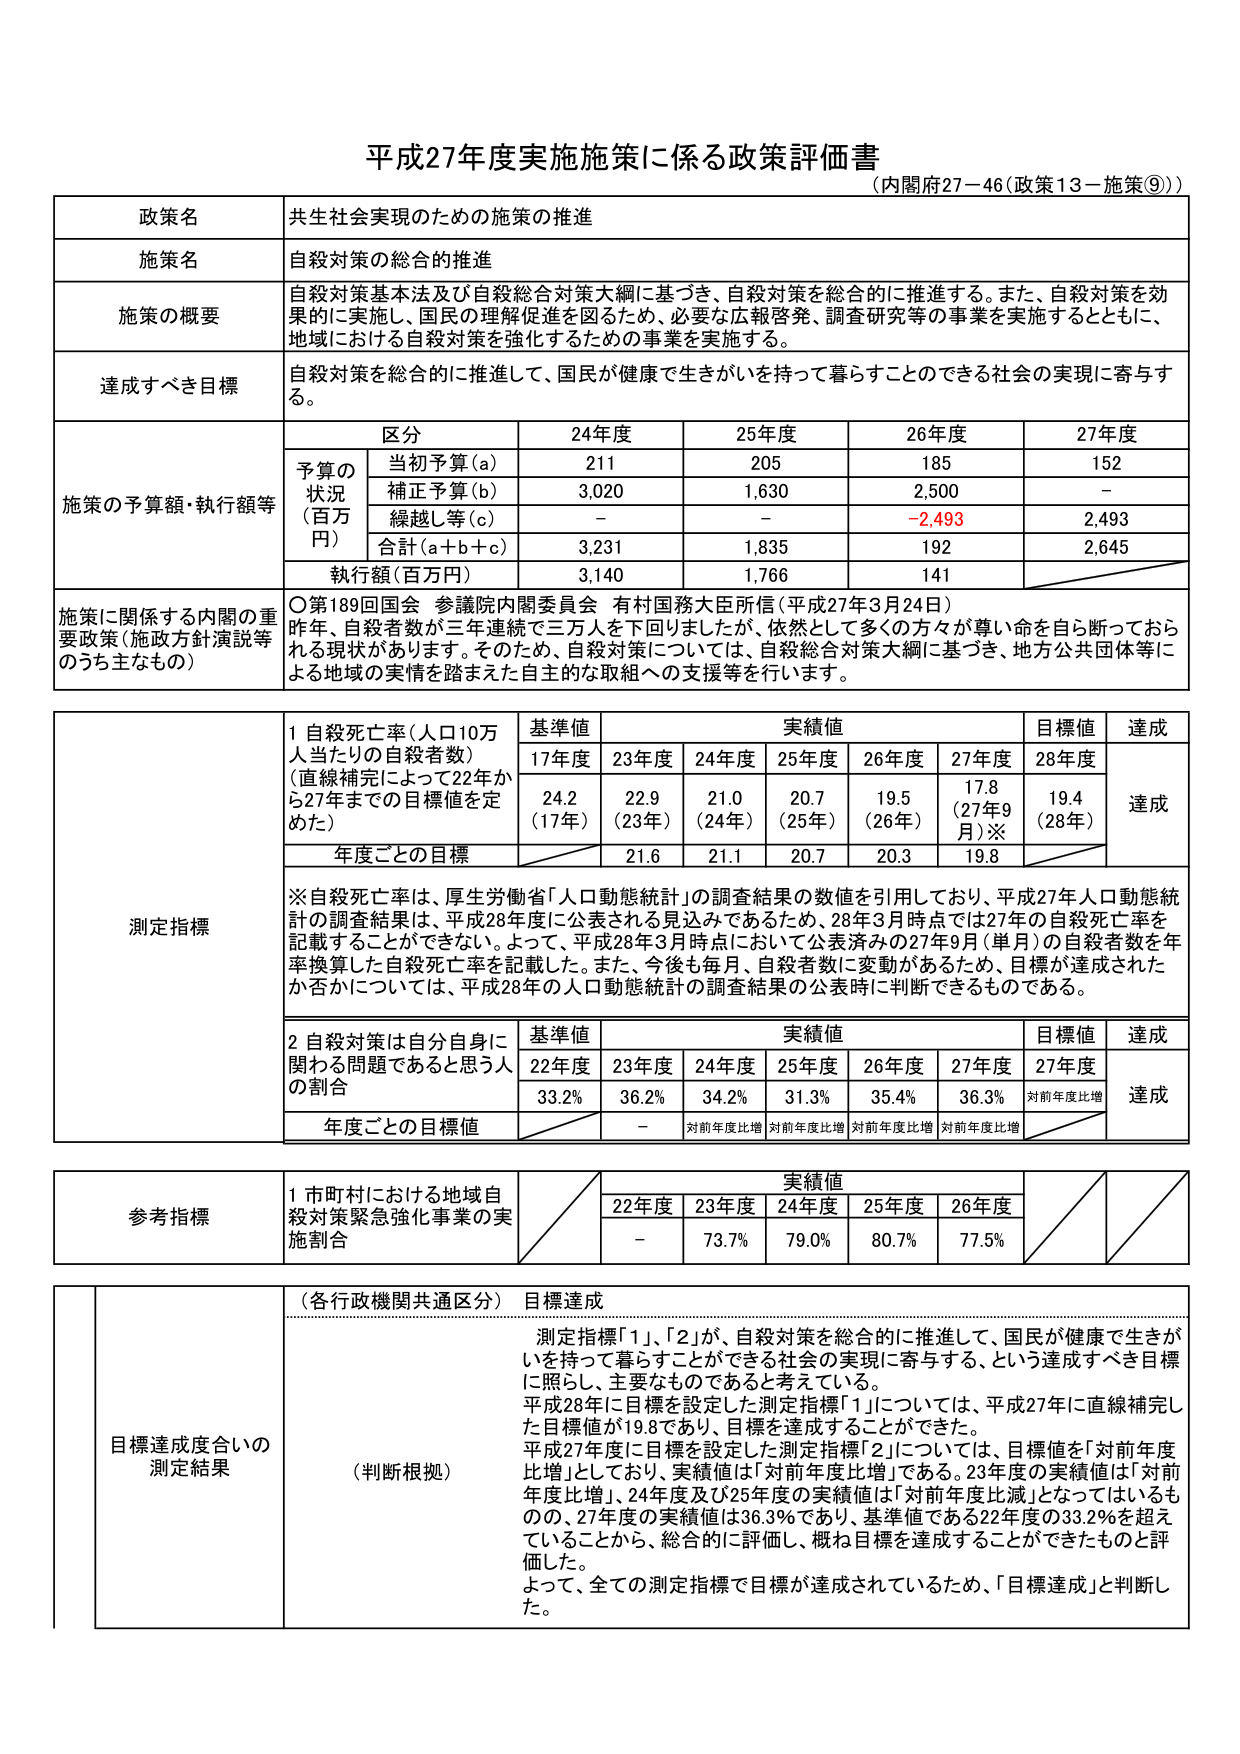
平成27年度実施施策に係る政策評価書
（内閣府27－46（政策13－施策⑨））

政策名 共生社会実現のための施策の推進
施策名 自殺対策の総合的推進
施策の概要 自殺対策基本法及び自殺総合対策大綱に基づき、自殺対策を総合的に推進する。また、自殺対策を効果的に実施し、国民の理解促進を図るため、必要な広報啓発、調査研究等の事業を実施するとともに、地域における自殺対策を強化するための事業を実施する。
達成すべき目標 自殺対策を総合的に推進して、国民が健康で生きがいを持って暮らすことのできる社会の実現に寄与する。

施策の予算額・執行額等
区分 24年度 25年度 26年度 27年度
予算の状況（百万円）
当初予算（a） 211 205 185 152
補正予算（b） 3,020 1,630 2,500 －
繰越し等（c） － － －2,493 2,493
合計（a＋b＋c） 3,231 1,835 192 2,645
執行額（百万円） 3,140 1,766 141

施策に関係する内閣の重要政策（施策方針演説等のうち主なもの）
〇第189回国会 参議院内閣委員会 有村国務大臣所信（平成27年3月24日）
昨年、自殺者数が三年連続で三万人を下回りましたが、依然として多くの方々が尊い命を自ら断っておられる現状があります。そのため、自殺対策については、自殺総合対策大綱に基づき、地方公共団体等による地域の実情を踏まえた自主的な取組への支援等を行います。

測定指標
1 自殺死亡率（人口10万人当たりの自殺者数）
（直線補完によって22年から27年までの目標値を定めた）
基準値 実績値 目標値 達成
17年度 23年度 24年度 25年度 26年度 27年度 28年度
24.2 22.9 21.0 20.7 19.5 17.8 19.4
（17年） （23年） （24年） （25年） （26年） （27年9月）※ （28年）
達成
年度ごとの目標 21.6 21.1 20.7 20.3 19.8

※自殺死亡率は、厚生労働省「人口動態統計」の調査結果の数値を引用しており、平成27年人口動態統計の調査結果は、平成28年度に公表される見込みであるため、28年3月時点では27年の自殺死亡率を記載することができない。よって、平成28年3月時点において公表済みの27年9月（単月）の自殺者数を年率換算した自殺死亡率を記載した。また、今後も毎月、自殺者数に変動があるため、目標が達成されたか否かについては、平成28年の人口動態統計の調査結果の公表時に判断できるものである。

2 自殺対策は自分自身に関わる問題であると思う人の割合
基準値 実績値 目標値 達成
22年度 23年度 24年度 25年度 26年度 27年度 27年度
33.2% 36.2% 34.2% 31.3% 35.4% 36.3% 対前年度比増
達成
年度ごとの目標値 － 対前年度比増 対前年度比増 対前年度比増 対前年度比増

参考指標
1 市町村における地域自殺対策緊急強化事業の実施割合
実績値
22年度 23年度 24年度 25年度 26年度
－ 73.7% 79.0% 80.7% 77.5%

目標達成度合いの測定結果
（各行行政機関共通区分）目標達成
（判断根拠）
測定指標「1」、「2」が、自殺対策を総合的に推進して、国民が健康で生きがいを持って暮らすことのできる社会の実現に寄与する、という達成すべき目標に照らし、主要なものであると考えている。
平成28年に目標を設定した測定指標「1」については、平成27年に直線補完した目標値が19.8であり、目標を達成することができた。
平成27年度に目標を設定した測定指標「2」については、目標値を「対前年度比増」としており、実績値は「対前年度比増」である。23年度の実績値は「対前年度比増」、24年度及び25年度の実績値は「対前年度比減」となってはいるものの、27年度の実績値は36.3％であり、基準値である22年度の33.2％を超えていることから、総合的に評価し、概ね目標を達成することができたものと評価した。
よって、全ての測定指標で目標が達成されているため、「目標達成」と判断した。